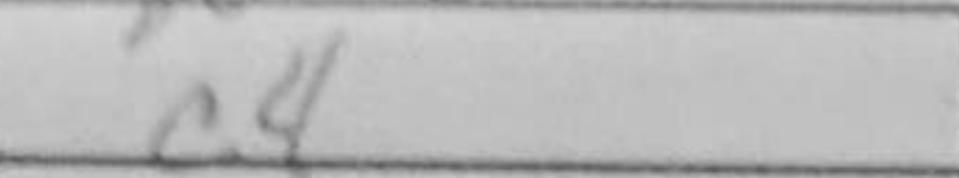
Transcription: c4